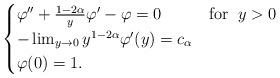
LaTeX: \begin{align*}\begin{cases}\varphi''+\frac{1-2\alpha}{y}\varphi' -\varphi=0 & \mbox{for}\;\;y>0\\-\lim_{y\rightarrow 0}y^{1-2\alpha}\varphi '(y)=c_\alpha\\\varphi(0)=1.\end{cases}\end{align*}